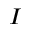
I